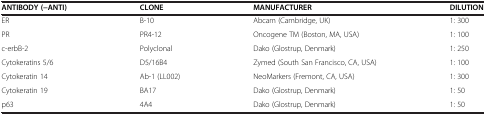
<table><thead><tr><td><b>ANTIBODY (−ANTI)</b></td><td><b>CLONE</b></td><td><b>MANUFACTURER</b></td><td><b>DILUTION</b></td></tr></thead><tbody><tr><td>ER</td><td>B-10</td><td>Abcam (Cambridge, UK)</td><td>1: 300</td></tr><tr><td>PR</td><td>PR4-12</td><td>Oncogene TM (Boston, MA, USA)</td><td>1: 100</td></tr><tr><td>c-erbB-2</td><td>Polyclonal</td><td>Dako (Glostrup, Denmark)</td><td>1: 250</td></tr><tr><td>Cytokeratins 5/6</td><td>D5/16B4</td><td>Zymed (South San Francisco, CA, USA)</td><td>1: 100</td></tr><tr><td>Cytokeratin 14</td><td>Ab-1 (LL002)</td><td>NeoMarkers (Fremont, CA, USA)</td><td>1: 300</td></tr><tr><td>Cytokeratin 19</td><td>BA17</td><td>Dako (Glostrup, Denmark)</td><td>1: 50</td></tr><tr><td>p63</td><td>4A4</td><td>Dako (Glostrup, Denmark)</td><td>1: 50</td></tr></tbody></table>